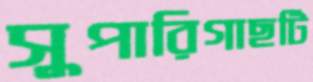
সুপারিগাছটি